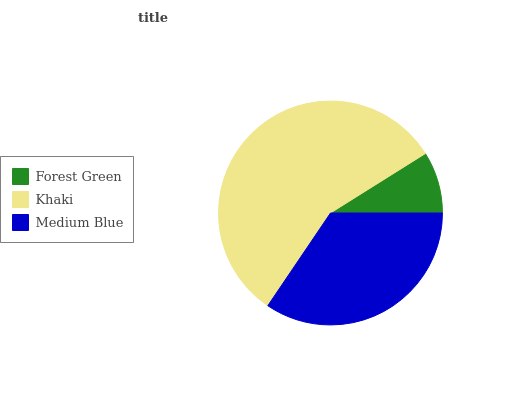
| Forest Green | Khaki | Medium Blue |
 | --- | --- | --- |
 | 8.9% | 56.6% | 34.5% |